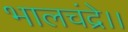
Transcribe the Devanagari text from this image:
भालचंद्रे।।